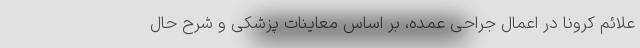
علائم کرونا در اعمال جراحی عمده، بر اساس معاینات پزشکی و شرح حال